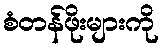
စံတန်ဖိုးများကို